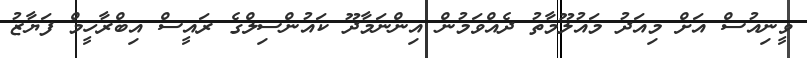
ވީނިއުސް އަށް މިއަދު މައުލޫމާތު ދެއްވަމުން އިންނަމާދޫ ކައުންސިލްގެ ރައީސް އިބްރާހީމް ފަޔާޒު